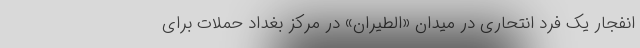
انفجار یک فرد انتحاری در میدان «الطیران» در مرکز بغداد حملات برای